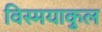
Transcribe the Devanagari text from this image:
विस्मयाकुल